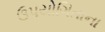
ઉપયોગિતાના